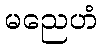
မညေဟံ